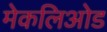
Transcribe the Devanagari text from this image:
मेकलिओड